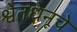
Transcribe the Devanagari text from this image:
श्वेतधेनूचे